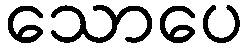
သောပေ